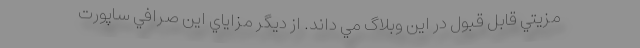
مزيتي قابل قبول در اين وبلاگ مي داند. از ديگر مزاياي اين صرافي ساپورت